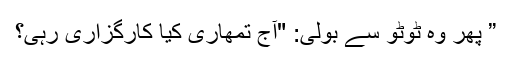
” پھر وہ ٹوٹو سے بولی: "آج تمھاری کیا کارگزاری رہی؟